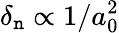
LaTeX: \delta_{\mathtt{n}}\propto1/a_{0}^{2}